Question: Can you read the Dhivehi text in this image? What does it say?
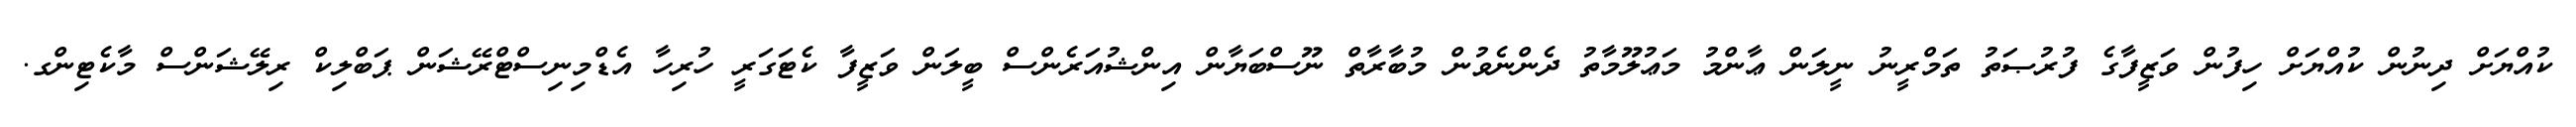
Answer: ކުއްޔަށް ދިނުން ކުއްޔަށް ހިފުން ވަޒީފާގެ ފުރުޞަތު ތަމްރީނު ނީލަން ޢާންމު މަޢުލޫމާތު ދެންނެވުން މުބާރާތް ނޫސްބަޔާން އިންޝުއަރެންސް ބީލަން ވަޒީފާ ކެޓަގަރީ ހުރިހާ އެޑްމިނިސްޓްރޭޝަން ޕަބްލިކް ރިލޭޝަންސް މާކެޓިންގ.